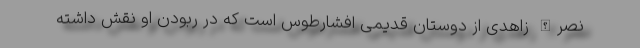
نصرالله زاهدی از دوستان قدیمی افشارطوس است که در ربودن او نقش داشته